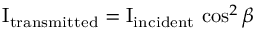
\mathrm { I } _ { \mathrm { t r a n s m i t t e d } } = \mathrm { I } _ { \mathrm { i n c i d e n t } } \, \cos ^ { 2 } { \beta }